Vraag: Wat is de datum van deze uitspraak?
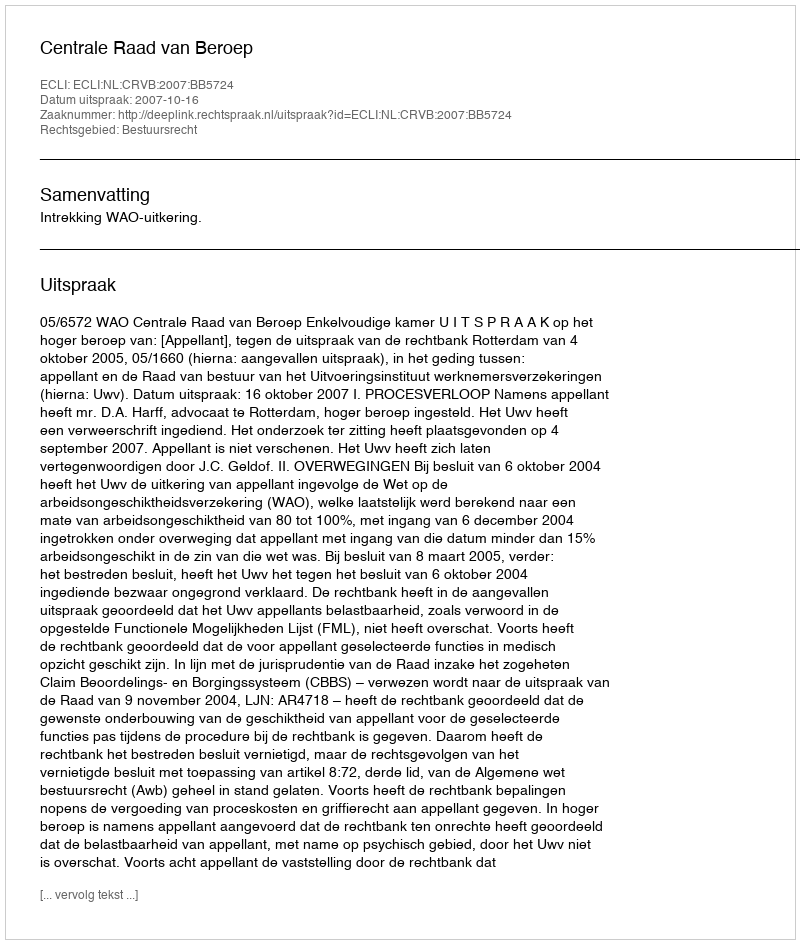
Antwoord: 2007-10-16